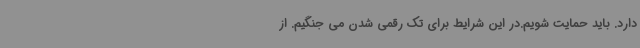
دارد. باید حمایت شویم.در این شرایط برای تک رقمی شدن می جنگیم. از